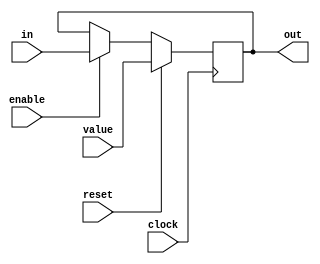
// Clocked register with enable signal
// Default width is 8, but can be altered
 module cenreg64(out, in, enable, reset, value, clock);
    output [63:0] out;
    reg [63:0] out;
    input [63:0] in;
    input [63:0] value;
    input enable;
    input reset;
    input clock;
    always
        @(posedge clock)
        begin
        if (reset)out <= value;
        else if (enable)  out <= in;
        end
endmodule

// Default width is 4, but can be altered
 module cenreg4(out, in, enable, reset, value, clock);
    output [3:0] out;
    reg [3:0] out;
    input [3:0] in;
    input [3:0] value;
    input enable;
    input reset;
    input clock;
    always
        @(posedge clock)
        begin
        if (reset)out <= value;
        else if (enable)  out <= in;
        end
endmodule

// Default width is 3, but can be changed
module cenreg3(out, in, enable, reset, value, clock);
    output [2:0] out;
    input [2:0] in;
    input enable;
    input reset;
    input [2:0] value;
    input clock;
    reg [2:0] out;
    always
        @(posedge clock)
        begin
        if (reset)  out <= value;
        else if (enable) out <= in;
        end
endmodule


module cenreg1(out, in, enable, reset, value, clock);
    output out;
    input in;
    input enable;
    input reset;
    input value;
    input clock;
    reg out;
    always
        @(posedge clock)
        begin
        if (reset) out <= value;
        else if (enable) out <= in;
        end
endmodule

// Using indicator as reset signal, bubble is injected. 
module pipereg64(out, in, stall, bubbleval, clock);
    output [63:0] out;
    input [63:0] in;
    input stall;
    input [63:0] bubbleval;
    input clock;
    reg [63:0] out;

    initial begin 
     out <= bubbleval;
 end
 always @(posedge clock) begin
    if (!stall) out <= in;
    end

endmodule

module pipereg4(out, in, stall, bubbleval, clock);
    output [3:0] out;
    input [3:0] in;
    input stall;
    input [3:0] bubbleval;
    input clock;
    reg [3:0] out;

    initial begin 
     out <= bubbleval;
 end
 always @(posedge clock) begin
    if (!stall) out <= in;
    end

endmodule

module pipereg3(out, in, stall, bubbleval,clock);
    output [2:0] out;
    input [2:0] in;
    input stall;  
    input [2:0] bubbleval;
    input clock;
    reg [2:0] out;
    initial begin 
     out <= bubbleval;
 end
 always @(posedge clock) begin
    if (!stall) out <= in;
    end
endmodule

module pipereg1(out, in, stall, bubbleval, clock);
    output out;
    input in;
    input stall;
    input bubbleval;
    input clock;
    reg out;
    initial begin 
     out <= bubbleval;
 end
 always @(posedge clock) begin
    if (!stall)
        out <= in;
    end
endmodule

module pipregnew(out, in, stall,bubble, bubbleval, clock);
 output reg [3:0] out;
 input [3:0] in;
 input stall,bubble;
 input [3:0] bubbleval;
 input clock;

 initial begin 
     out <= bubbleval;
 end
 always @(posedge clock)
  begin
    if (!stall && !bubble) out <= in;
    else if (!stall && bubble)out <= bubbleval;
    end
 endmodule